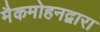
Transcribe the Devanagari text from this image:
मैकमोहनद्वारा